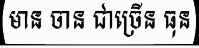
មាន ចាន ជាច្រើន ធុន